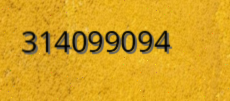
314099094